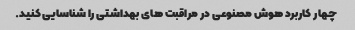
چهار کاربرد هوش مصنوعی در مراقبت های بهداشتی را شناسایی کنید.